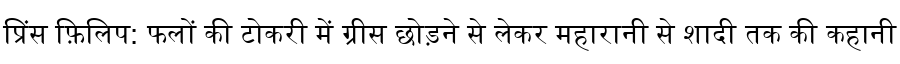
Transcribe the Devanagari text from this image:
प्रिंस फ़िलिप: फलों की टोकरी में ग्रीस छोड़ने से लेकर महारानी से शादी तक की कहानी